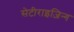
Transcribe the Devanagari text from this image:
सेटीराइज़िन्ग